65_HS1-834228961_62-HQ-83894_Serial_449
Agency: FBI
Page 4
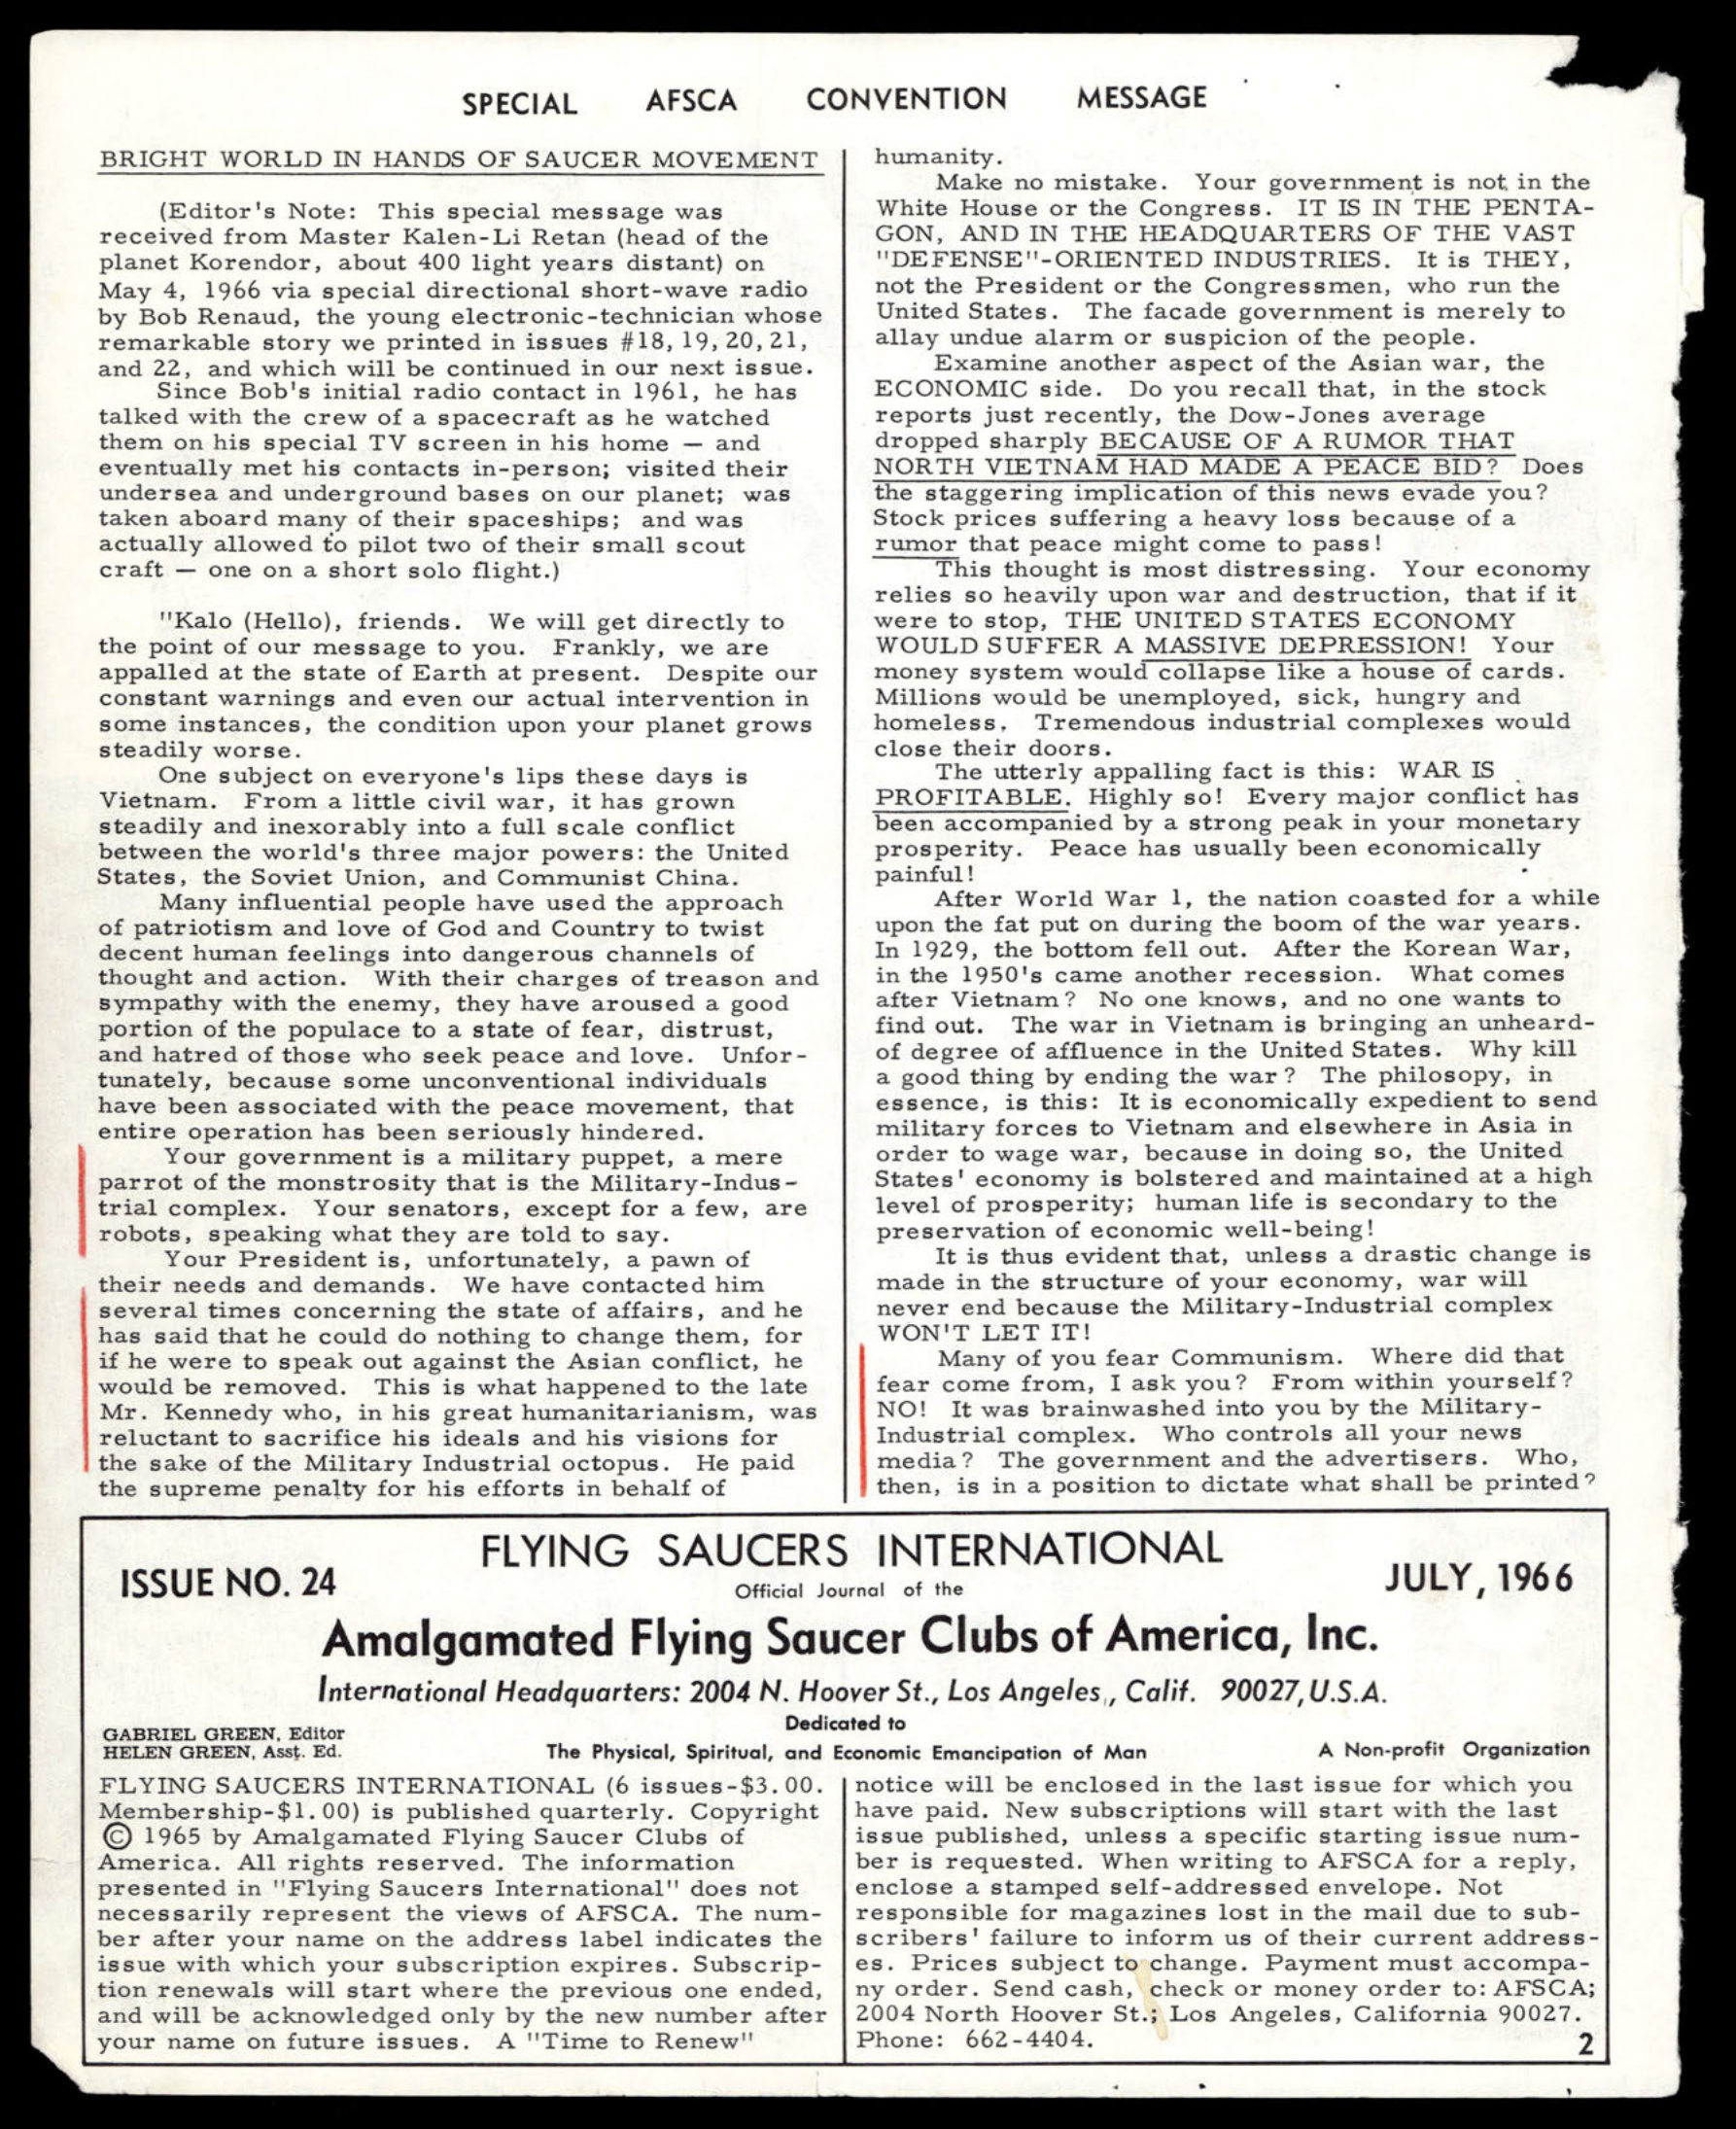